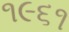
૧૯૬૧